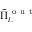
\bar { \Pi } _ { i . } ^ { \mathrm { ~ o ~ u ~ t ~ } }